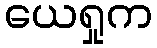
ယေရှုက